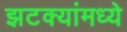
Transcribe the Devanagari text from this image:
झटक्यांमध्ये